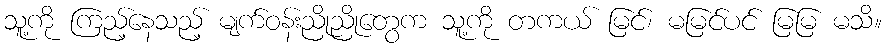
သူ့ကို ကြည့်နေသည့် မျက်ဝန်းညိုညိုတွေက သူ့ကို တကယ် မြင်၊ မမြင်ပင် မြမြ မသိ။